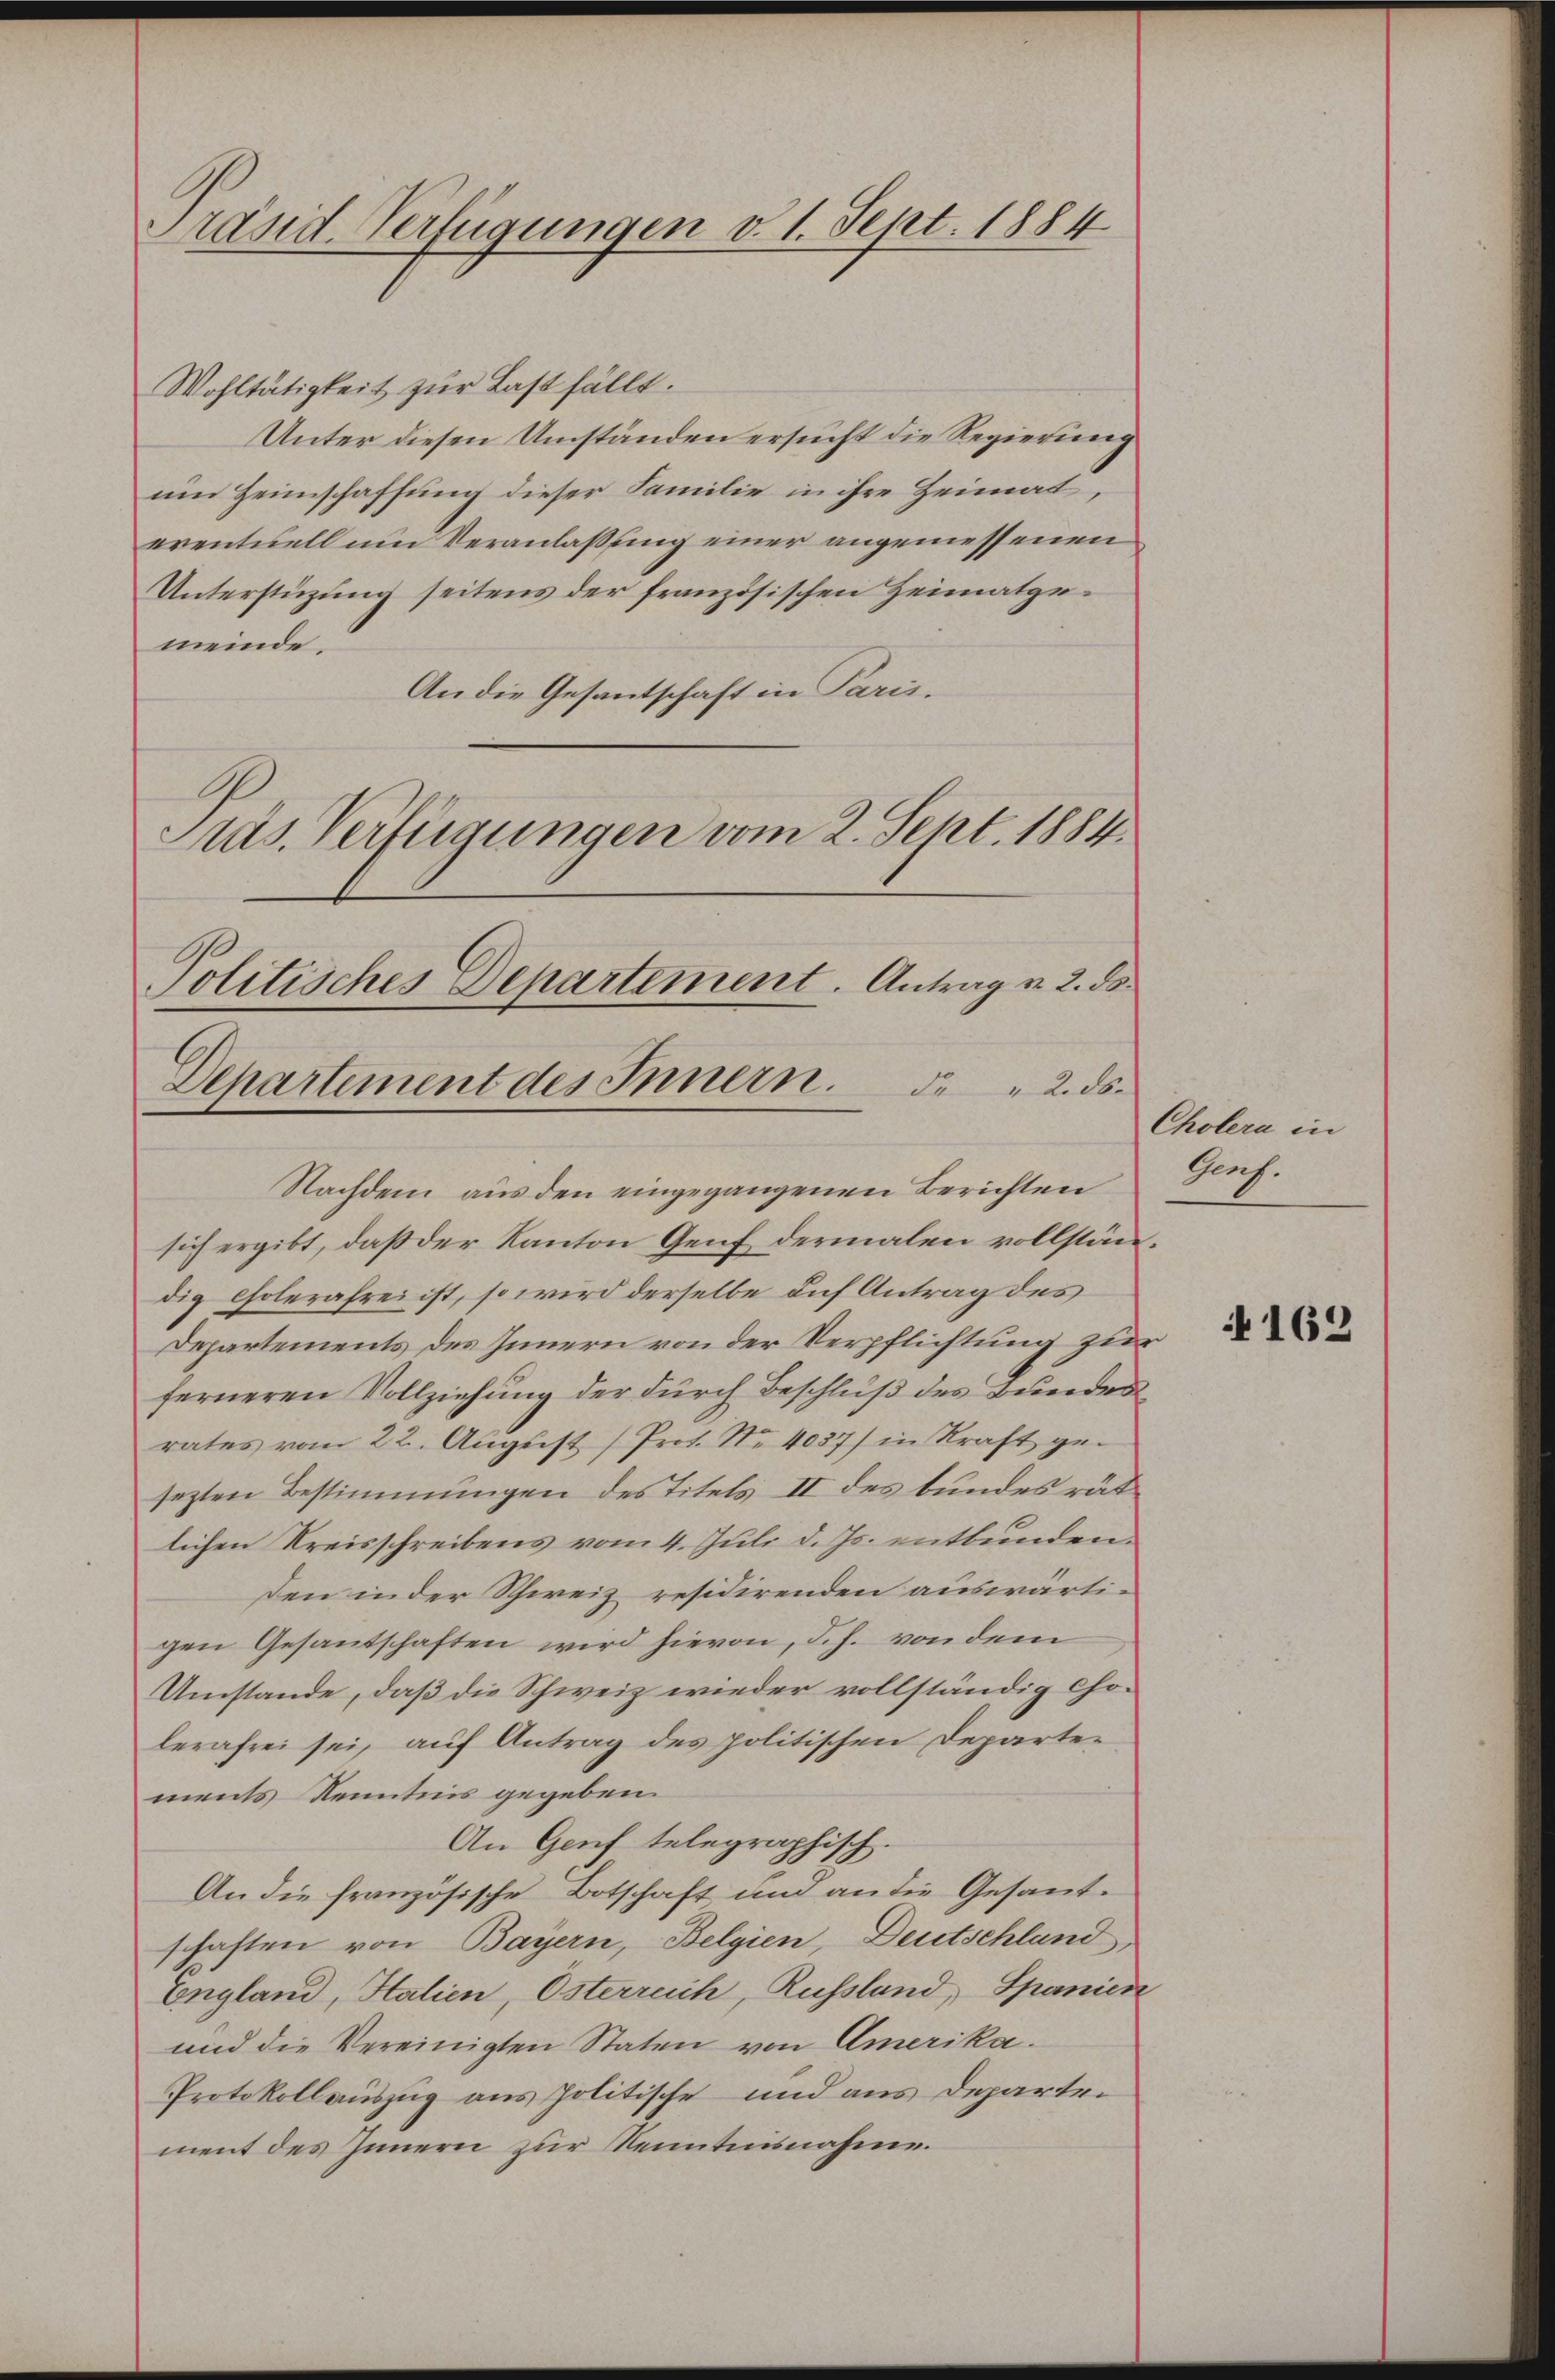
Präsid. Verfügungen v. 1. Sept. 1884

Wohltätigkeit zur Last fällt.
Unter diesen Umständen ersucht die Regierung
um Heimschaffung dieser Familie in ihrer Heimat,
eventuell um Veranlassung einer angemessenen
Unterstüzung seitens der französischen Heimatgemeinde.
An die Gesantschaft in Paris.
Präs. Verfügungen vom 2. Sept. 1884.

Politisches Departement. Antrag v. 2. ds.
Departement des Innern. 2. ds.
Nachdem aus den eingegangenen Berichten

sich ergibt, daß der Kanton Genf dermalen vollständig Cholerahres ist, so wird derselbe dich Antrag des
Departements des Innern von der Verpflichtung zur
ferneren Vollziehung der durch Beschluß des Bundes
rates vom 22. August (Prot. Nr. 4037) in Kraft gesezten Bestimmungen des Titels II des bundes rätlichen Kreisschreibens vom 4. Juli d. Js. entbunden.
den in der Schweiz residirenden auswärtigen Gesantschaften wird hievon, d.h. von dem
Umstände, daß die Schweiz wieder vollständig Cholerafrei sei, auf Antrag des politischen Departements Kenntnis gegeben.
An Genf telegraphisch.
An die französische Botschaft und an die Gesandschaften von Bayern, Belgien, Deutschland,
England, Halien, Österreich, Russland, Spanien
und die Vereinigten Staten von Amerika.
Protokollauszug aus politische und aus Departen
ment des Innern zur Kenntnisnahme.

Cholera in
Gauf.

162